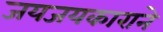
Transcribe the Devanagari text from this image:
जयजयकाराने